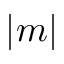
| m |